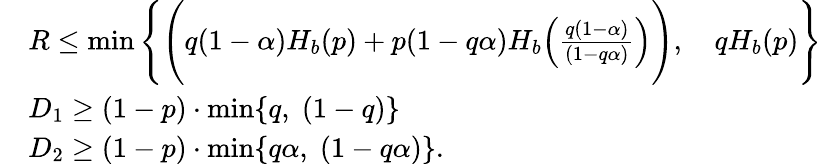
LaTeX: \begin{array}{rl}&{R\leq\operatorname*{min}\Bigg\{ \Bigg(q(1-\alpha)H_{b}(p)+p(1-q\alpha)H_{b}\Big(\frac{q(1-\alpha)}{(1-q\alpha)}\Big)\Bigg),\quad qH_{b}(p)\Bigg\} }\\ &{D_{1}\geq(1-p)\cdot\operatorname*{min}\{ q,\; (1-q)\} }\\ &{D_{2}\geq(1-p)\cdot\operatorname*{min}\{ q\alpha,\; (1-q\alpha)\} .}\end{array}